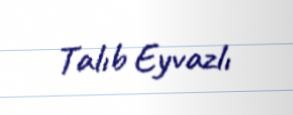
Talıb Eyvazlı